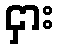
ငှား